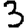
Digit: 3